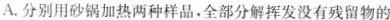
A. 分别用砂锅加热两种样品，全部分解挥发没有残留物的